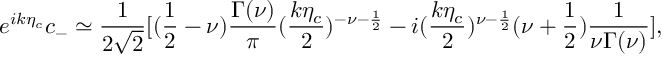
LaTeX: e ^ { i k \eta _ { c } } c _ { - } \simeq \frac { 1 } { 2 \sqrt { 2 } } [ ( \frac { 1 } { 2 } - \nu ) \frac { \Gamma ( \nu ) } { \pi } ( \frac { k \eta _ { c } } { 2 } ) ^ { - \nu - \frac { 1 } { 2 } } - i ( \frac { k \eta _ { c } } { 2 } ) ^ { \nu - \frac { 1 } { 2 } } ( \nu + \frac { 1 } { 2 } ) \frac { 1 } { \nu \Gamma ( \nu ) } ] ,